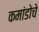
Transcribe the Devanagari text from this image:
कमांडोचे